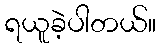
ရယူခဲ့ပါတယ်။